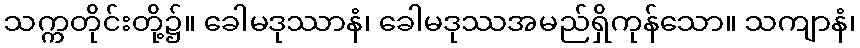
သက္ကတိုင်းတို့၌။ ခေါမဒုဿာနံ၊ ခေါမဒုဿအမည်ရှိကုန်သော။ သကျာနံ၊